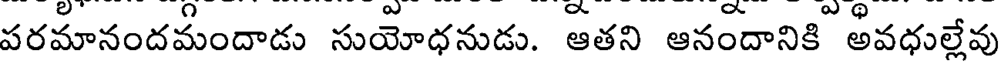
పరమానందమందాడు సుయోధనుడు. ఆతని ఆనందానికి అవధుల్లేవు